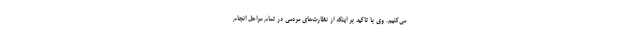
می‌کنیم. وی با تاکید بر اینکه از نظارت‌های مردمی در تمام مراحل انجام